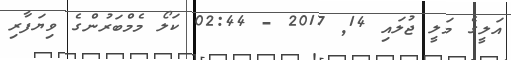
އަލީގެ މަލީ ޖުލައި 14